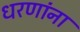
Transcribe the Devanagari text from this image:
धरणांना